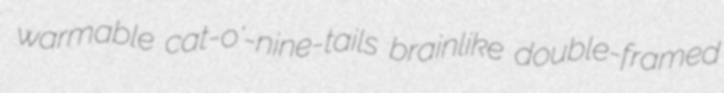
warmable cat-o'-nine-tails brainlike double-framed